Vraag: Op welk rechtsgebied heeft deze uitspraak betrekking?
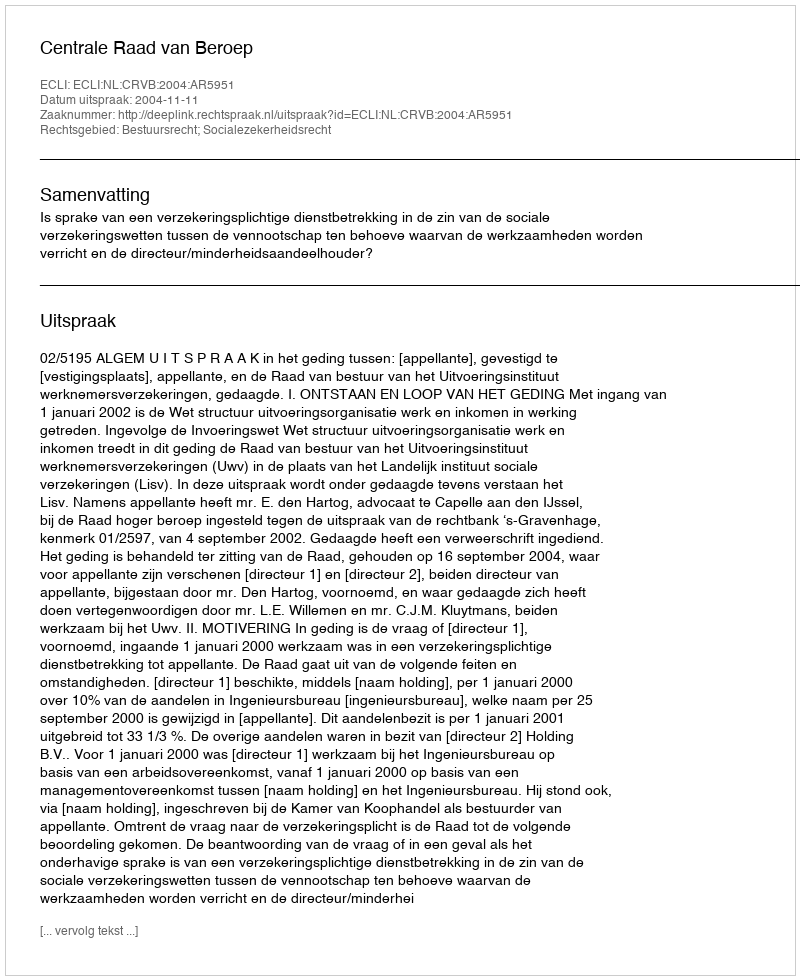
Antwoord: Bestuursrecht; Socialezekerheidsrecht